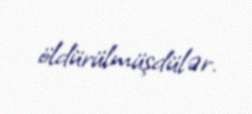
öldürülmüşdülər.